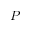
P